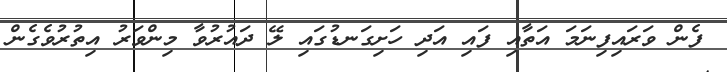
ފެން ވަރައިފިނަމަ އަތާއި ފައި އަދި ހަށިގަނޑުގައި ލޭ ދައުރުވާ މިންވަރު އިތުރުވެގެން